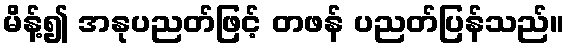
မိန့်၍ အနုပညတ်ဖြင့် တဖန် ပညတ်ပြန်သည်။